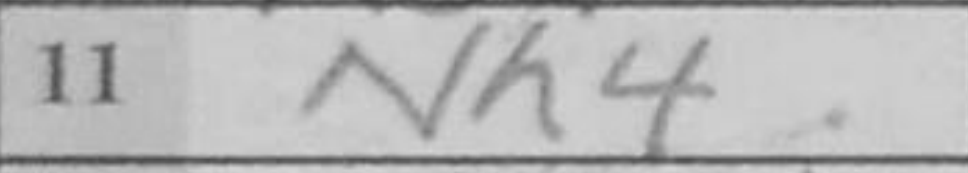
Transcription: Nh4